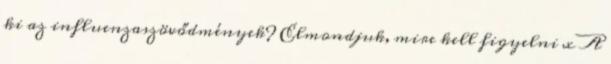
ki az influenzaszövődmények? Elmondjuk, mire kell figyelni x A